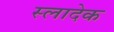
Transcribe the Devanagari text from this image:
स्लादेक